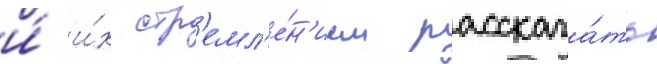
и́ и́х стр'емл'е́н'ием рассказа́ть